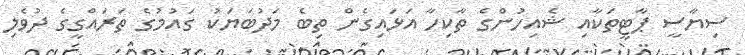
ސިޔާސީ ޕާޓީތަކާއި ޝެއިހުންގެ ތާކިހާ އަޅައިގެން ތިބެ މަދުބަޔަކު ގައުމުގެ ތަރައްގީގެ ދުވެލި